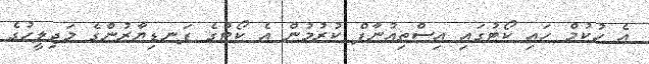
އެ ހުކުމް ހައި ކޯޓުގައި އިސްތިއުނާފް ކުރުމުން އެ ކޯޓުގެ ފަނޑިޔާރުންގެ މަޖިލީހުގެ